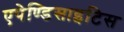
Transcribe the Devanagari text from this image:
एपेण्डिसाइटिस